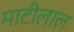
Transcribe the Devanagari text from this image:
माटीलाल